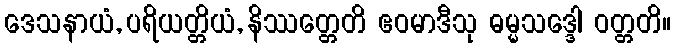
ဒေသနာယံ, ပရိယတ္တိယံ, နိဿတ္တေတိ ဧဝမာဒီသု ဓမ္မသဒ္ဒေါ ဝတ္တတိ။